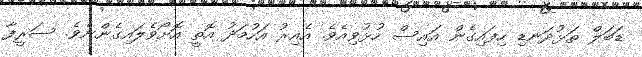
ޑަބަލް ތަޅުދަނޑި ހިފައިގެން އައިސް ހުޅުވިއެވެ. އެއިރު އަހުމަދު އޮތީ އޮށޯވެލައިގެންނެވެ. ސަރީފާ